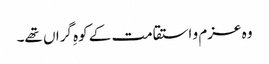
وہ عزم و استقامت کے کوہِ گراں تھے۔